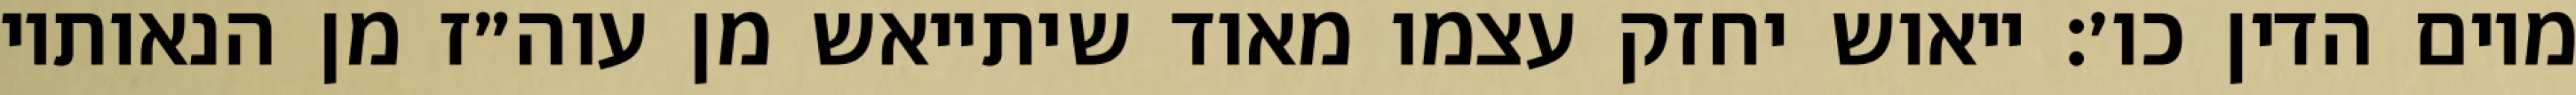
מיום הדין כו׳: ייאוש יחזק עצמו מאוד שיתייאש מן עוה״ז מן הנאותיו